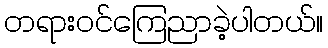
တရားဝင်ကြေညာခဲ့ပါတယ်။